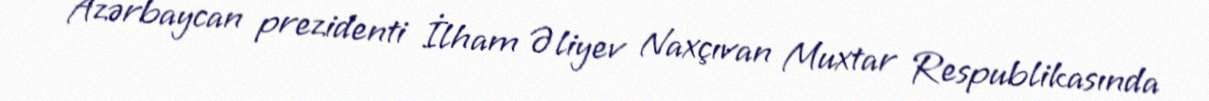
Azərbaycan prezidenti İlham Əliyev Naxçıvan Muxtar Respublikasında